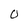
Character: 0